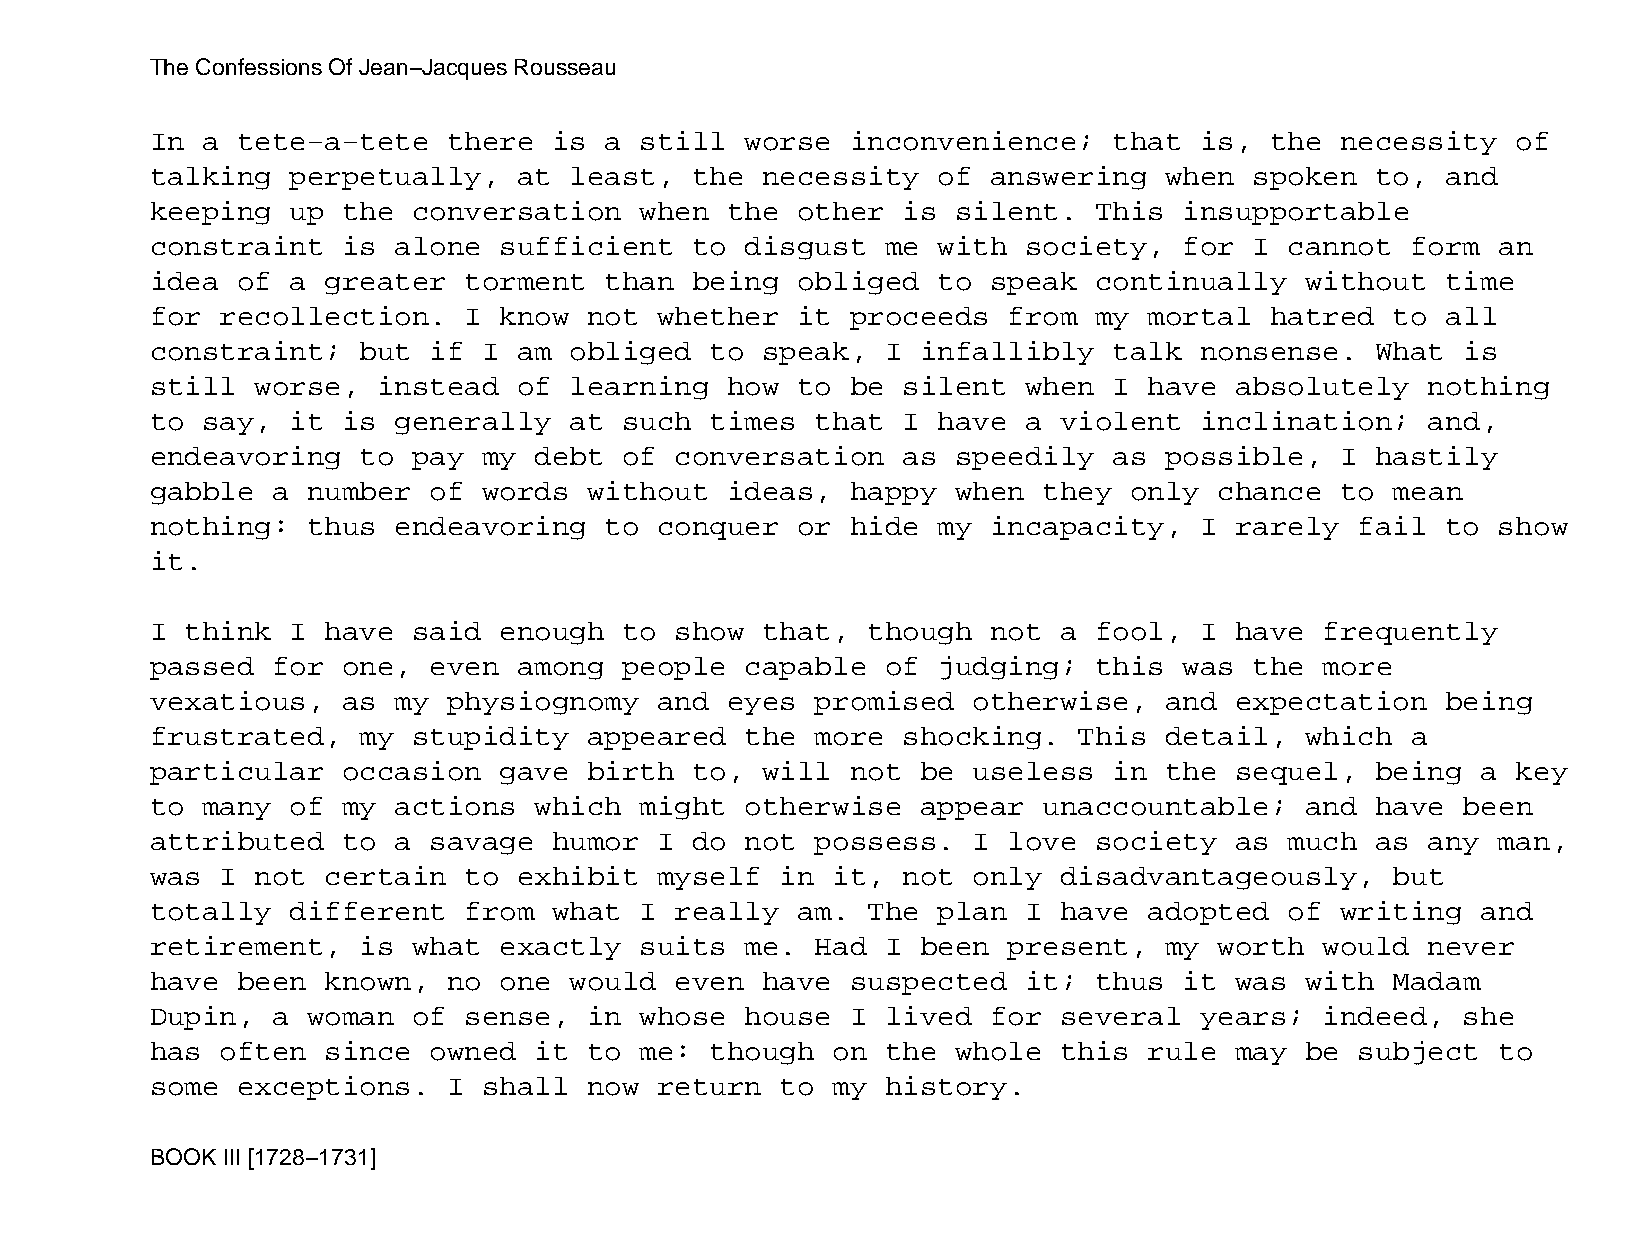
The Confessions Of Jean−Jacques Rousseau
 In a  tete−a−tete   there  is a still  worse  inconvenience;    that is,  the  necessity  of
 talking  perpetually,   at  least,  the necessity   of  answering  when  spoken  to,  and
 keeping  up  the conversation   when  the  other  is silent.  This  insupportable
 constraint   is alone  sufficient   to disgust   me with  society,  for  I cannot  form  an
 idea  of a  greater  torment  than  being  obliged  to  speak continually   without   time
 for  recollection.   I know  not  whether  it proceeds   from my  mortal  hatred  to  all
 constraint;   but if  I am  obliged  to speak,   I infallibly   talk nonsense.   What  is
 still  worse,  instead  of  learning  how  to be  silent  when  I have  absolutely   nothing
 to say,  it  is generally   at such  times  that  I have  a violent  inclination;    and,
 endeavoring   to pay  my debt  of  conversation   as speedily   as possible,   I hastily
 gabble  a number  of  words  without  ideas,  happy  when  they  only  chance  to mean
 nothing:  thus  endeavoring   to  conquer  or hide  my  incapacity,  I  rarely  fail  to show
 it.
 I think  I  have said  enough  to  show that,  though   not a fool,  I  have  frequently
 passed  for  one, even  among  people  capable   of judging;  this  was  the  more
 vexatious,   as my  physiognomy   and eyes  promised  otherwise,   and  expectation   being
 frustrated,   my stupidity   appeared  the  more  shocking.  This  detail,  which  a
 particular   occasion  gave  birth  to, will  not  be useless   in the  sequel,  being  a key
 to many  of  my actions  which  might  otherwise   appear  unaccountable;   and  have  been
 attributed   to a savage   humor  I do not  possess.  I  love society   as much  as  any man,
 was  I not  certain  to exhibit   myself  in it,  not only  disadvantageously,    but
 totally  different   from  what I  really  am. The  plan  I have  adopted  of  writing  and
 retirement,   is what  exactly  suits  me.  Had  I been  present,  my  worth  would  never
 have  been  known,  no one  would  even have  suspected   it; thus  it  was with  Madam
 Dupin,  a woman  of  sense,  in whose  house  I  lived  for several  years;   indeed,  she
 has  often  since owned  it  to me:  though  on  the whole  this  rule  may be  subject  to
 some  exceptions.   I shall  now  return  to my  history.
 BOOK III [1728−1731]